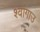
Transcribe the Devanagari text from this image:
श्वांगाउ